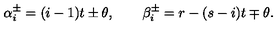
\alpha _ { i } ^ { \pm } = ( i - 1 ) t \pm \theta , \qquad \beta _ { i } ^ { \pm } = r - ( s - i ) t \mp \theta .